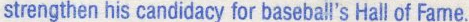
strengthen his candidacy for baseball's Hall of Fame